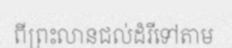
ពីព្រះលានជល់ដំរីទៅតាម